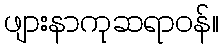
ဖျားနာကုဆရာဝန်။